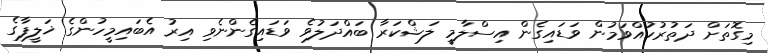
މިގޮތަށް ދަތުރުކުައްވަމުން ވަޑައިގެން އިސްލާމީ ލަޝްކަރާ ބައްދަލުވެ ވަޑައިގެންނެވި އިރު އެބައިމީހުންގެ ޚަލީފާގެ